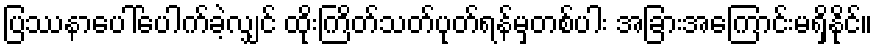
ပြဿနာပေါ်ပေါက်ခဲ့လျှင် ထိုးကြိတ်သတ်ပုတ်ရန်မှတစ်ပါး အခြားအကြောင်းမရှိနိုင်။